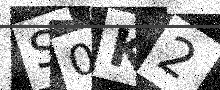
Text: S0K2